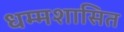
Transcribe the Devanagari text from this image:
धम्मशासित